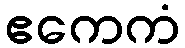
ဧကေကံ